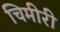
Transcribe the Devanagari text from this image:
चिमीरी